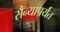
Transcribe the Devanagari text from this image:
सैन्यापर्यंत